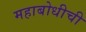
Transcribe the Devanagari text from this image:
महाबोधीची